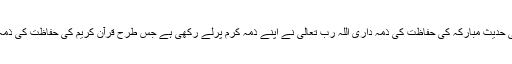
نیز اس سے یہ امر بھی واضح ہوتا ہے کہ حضور نبی اکرم صلی اللہ علیہ وآلہ وسلم کی حدیث مبارکہ کی حفاظت کی ذمہ داری اللہ رب تعالیٰ نے اپنے ذمہ کرم پرلے رکھی ہے جس طرح قرآن کریم کی حفاظت کی ذمہ داری اِنَّا نَحْنُ نَزَّلْنَا الذِّکْرَ وَ اِنَّا لَهُ لَحَافِظُوْن کے مطابق اپنے ذمہ کرم پر لے رکھی ہے۔